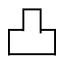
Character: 凸